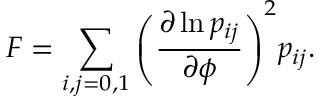
F = \sum _ { i , j = 0 , 1 } { \left( \frac { \partial \ln p _ { i j } } { \partial \phi } \right) ^ { 2 } } p _ { i j } .